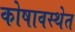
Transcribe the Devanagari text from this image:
कोषावस्थेत